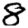
Digit: 8